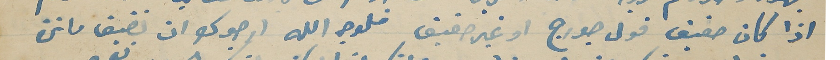
اذا كان حقيق قول جورج او غير حقيق فلوجه الله ارجوك ان تضيف ماترة